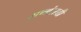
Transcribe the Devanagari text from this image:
सणांसाठी